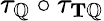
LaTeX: \tau_{\mathbb{Q}}\circ\tau_{\mathbf{T}\mathbb{Q}}